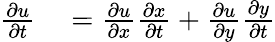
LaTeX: \begin{array}{rl}{{\frac{\partial u}{\partial t}}}&{{}={\frac{\partial u}{\partial x}}{\frac{\partial x}{\partial t}}+{\frac{\partial u}{\partial y}}{\frac{\partial y}{\partial t}}}\end{array}